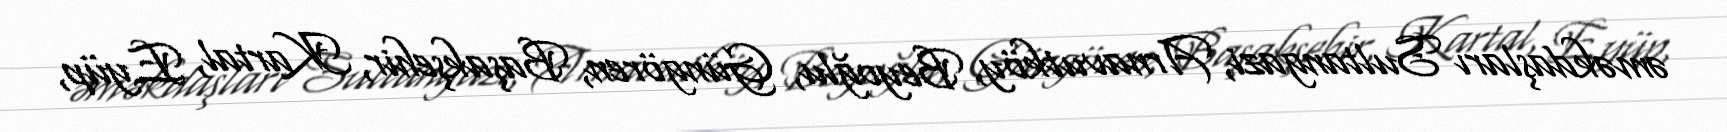
əməkdaşları Sultangazi, Arnavutköy, Beyoğlu, Güngören, Başakşehir, Kartal, Eyüp,